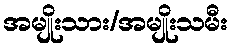
အမျိုးသား/အမျိုးသမီး